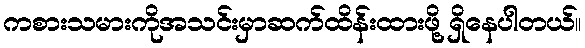
ကစားသမားကိုအသင်းမှာဆက်ထိန်းထားဖို့ ရှိနေပါတယ်။